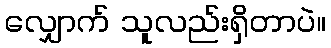
လျှောက် သူလည်းရှိတာပဲ။